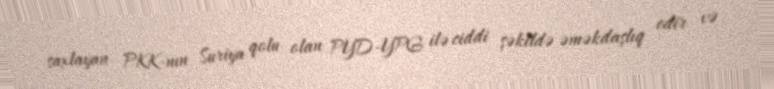
saxlayan PKK-nın Suriya qolu olan PYD-YPG ilə ciddi şəkildə əməkdaşlıq edir və